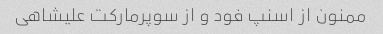
ممنون از اسنپ فود و از سوپرمارکت علیشاهی